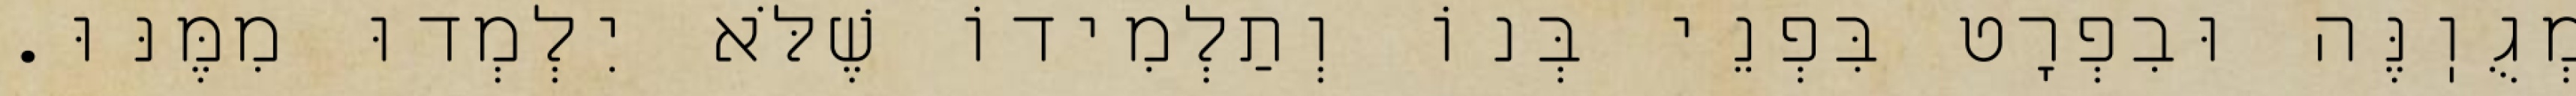
מְגֻוֽנֶּה וּבִפְרָט בִּפְנֵי בְּנוֹ וְתַלְמִידוֹ שֶׁלֹּא יִלְמְדוּ מִמֶּנּוּ.